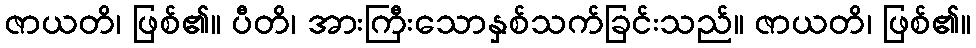
ဇာယတိ၊ ဖြစ်၏။ ပီတိ၊ အားကြီးသောနှစ်သက်ခြင်းသည်။ ဇာယတိ၊ ဖြစ်၏။